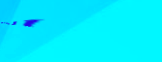
الكوكايين